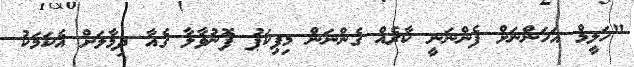
"ހަލީމް އަހަންނަށް ފެންނަނީ ކާރެއް ގެންނަން މިޕިކަޕު ފޮނުވާލާ ގެއާ ދިމާލަށް އެކަމަކު